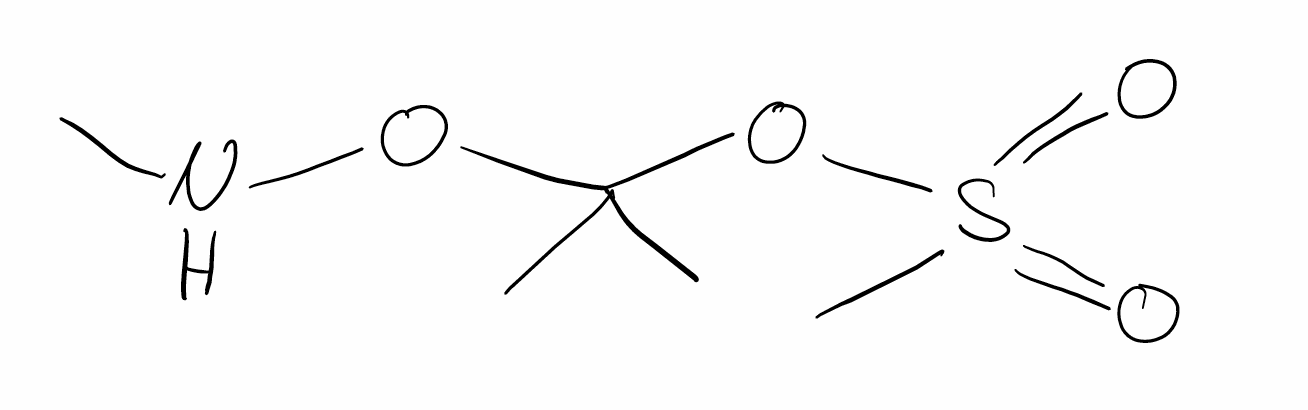
Simplified molecular-input line-entry system (SMILES) notation of the given molecule:
CC(C)(ONC)OS(=O)(=O)C